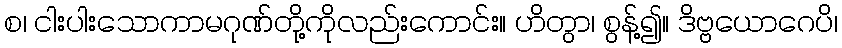
စ၊ ငါးပါးသောကာမဂုဏ်တို့ကိုလည်းကောင်း။ ဟိတွာ၊ စွန့်၍။ ဒိဗ္ဗယောဂေပိ၊